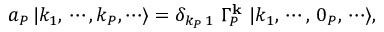
a _ { P } \, | k _ { 1 } , \, \cdots , k _ { P } , \cdots \rangle = \delta _ { k _ { P } \, 1 } \, \, \Gamma _ { P } ^ { \mathbf { k } } \, \, | k _ { 1 } , \, \cdots , \, 0 _ { P } , \, \cdots \rangle ,